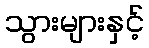
သွားများနှင့်